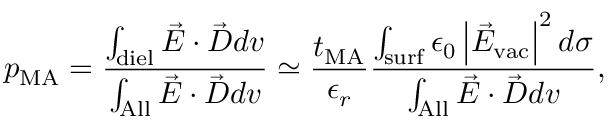
p _ { \mathrm { M A } } = \frac { \int _ { \mathrm { d i e l } } \vec { E } \cdot \vec { D } d v } { \int _ { \mathrm { A l l } } \vec { E } \cdot \vec { D } d v } \simeq \frac { t _ { \mathrm { M A } } } { \epsilon _ { r } } \frac { \int _ { \mathrm { s u r f } } \epsilon _ { 0 } \left| \vec { E } _ { \mathrm { v a c } } \right| ^ { 2 } d \sigma } { \int _ { \mathrm { A l l } } \vec { E } \cdot \vec { D } d v } ,